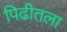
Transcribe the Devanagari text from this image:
पिढीतला